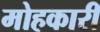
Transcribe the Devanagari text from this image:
मोहकारी